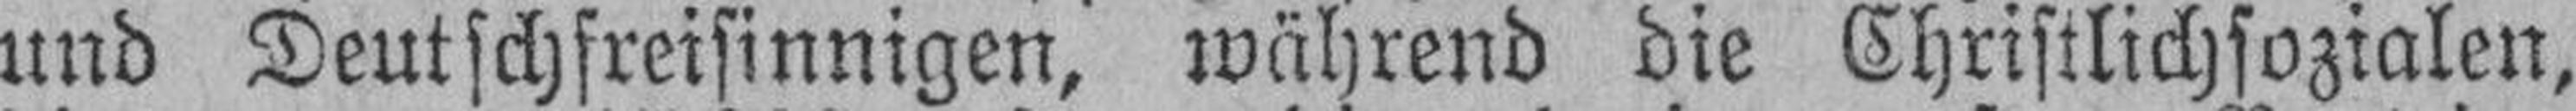
und Deutschfreisinnigen, während die Christlichsozialen,